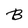
Character: B